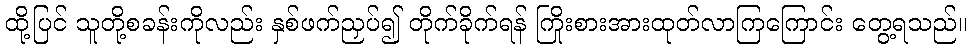
ထို့ပြင် သူတို့စခန်းကိုလည်း နှစ်ဖက်ညှပ်၍ တိုက်ခိုက်ရန် ကြိုးစားအားထုတ်လာကြကြောင်း တွေ့ရသည်။